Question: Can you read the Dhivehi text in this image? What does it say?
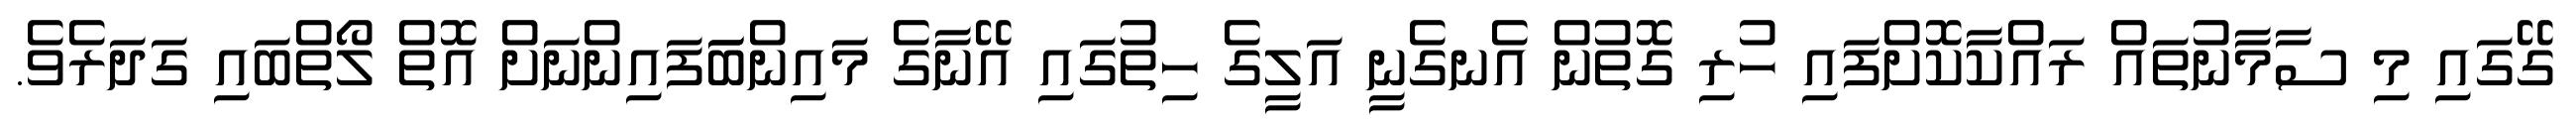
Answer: ގޭގައި މި ސާމާނުތައް ރައްކާކޮށްފައި ހުރި ގޮތުން އެނގެނީ އަލީގެ ހިތުގައި އޭނާގެ މައިންބަަފައިންނަށް އޮތް ލޯތްބައި ގަދަރެވެ.